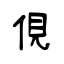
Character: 俔